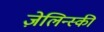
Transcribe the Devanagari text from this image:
ज़ेलिन्स्की